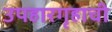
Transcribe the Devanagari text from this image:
उपहारगृहाची